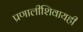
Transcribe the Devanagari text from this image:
प्रणालीशिवायही